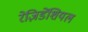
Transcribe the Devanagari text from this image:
रेज़िडेंशियल